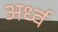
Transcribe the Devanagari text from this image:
अर्ध्व